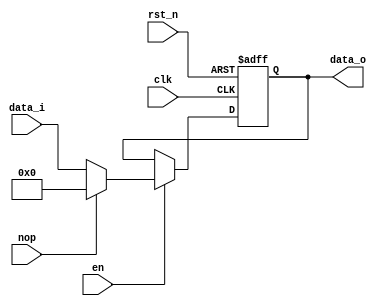
module SynPiplIntf(clk, rst_n, en, nop, data_i, data_o);
    parameter NBit = 32;
    input clk, rst_n, en, nop;
    input [NBit - 1:0] data_i;
    output reg [NBit - 1:0] data_o;
    
    always @(posedge clk, negedge rst_n) begin
        if (!rst_n)
            data_o <= {NBit{1'b0}};
        else if (en) begin
            data_o <= nop ? {NBit{1'b0}} : data_i;
        end
    end
endmodule